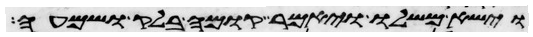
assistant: וישא משלו ויאמר קום בלק ושמעה